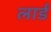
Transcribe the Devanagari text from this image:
लार्डं